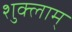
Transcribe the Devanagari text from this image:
शुक्लाम्